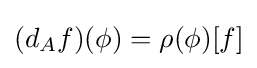
(d_{A}f)(\phi )=\rho (\phi )[f]